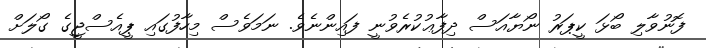
ފޮނުވާލި ބޯޅަ ކީޕަރު ނޯޔާއަސް ދިފާޢުކުރެވުނީ ފައިންނެވެ. ނަމަވެސް މިހާފުގައި ޕީއެސްޖީގެ ގޯލަށް